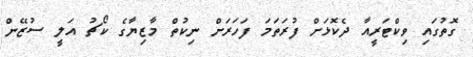
ގޮތުގައި ވިކްޓަރީއާ ދެކޮޅަށް ފުރަތަމަ ފަހަރަށް ނިކުތް މާޒިޔާގެ ކޯޗު އަލީ ސުޒޭން